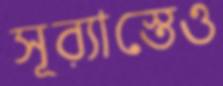
সূর্যাস্তেও